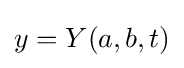
y=Y(a,b,t)